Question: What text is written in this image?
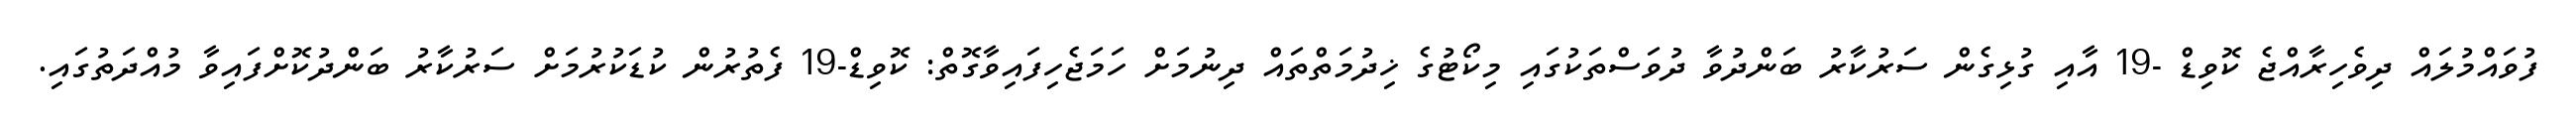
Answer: ފުވައްމުލައް ދިވެހިރާއްޖެ ކޮވިޑް -19 އާއި ގުޅިގެން ސަރުކާރު ބަންދުވާ ދުވަސްތަކުގައި މިކޯޓުގެ ޚިދުމަތްތައް ދިނުމަށް ހަމަޖެހިފައިވާގޮތް: ކޮވިޑް-19 ފެތުރުން ކުޑަކުރުމަށް ސަރުކާރު ބަންދުކޮށްފައިވާ މުއްދަތުގައި.